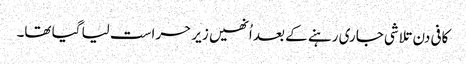
کافی دن تلاشی جاری رہنے کے بعد اُنھیں زیر حراست لیا گیا تھا۔